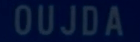
OUJDA